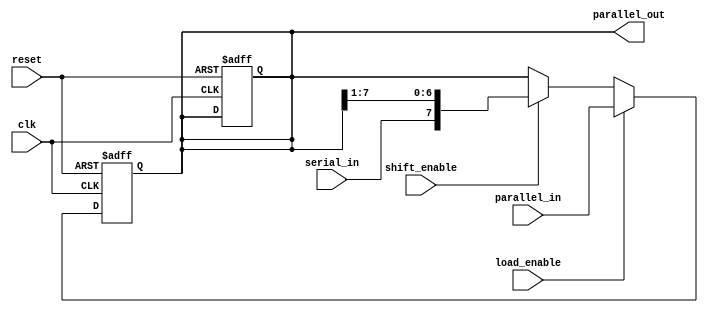
module shift_register (
    input wire clk,               // Clock signal
    input wire reset,             // Reset signal
    input wire shift_enable,      // Shift enable signal
    input wire load_enable,       // Load enable signal
    input wire serial_in,         // Serial input data
    input wire [7:0] parallel_in, // Parallel input data
    output reg [7:0] parallel_out  // Parallel output data
);

    // Internal register to hold the shift register data
    reg [7:0] shift_reg;

    // Always block for synchronous operations
    always @(posedge clk or posedge reset) begin
        if (reset) begin
            // Reset the shift register to zero
            shift_reg <= 8'b0;
            parallel_out <= 8'b0;
        end else if (load_enable) begin
            // Load parallel data into the shift register
            shift_reg <= parallel_in;
        end else if (shift_enable) begin
            // Shift right operation
            shift_reg <= {serial_in, shift_reg[7:1]};
        end
    end

    // Assign the output to the current state of the shift register
    always @(*) begin
        parallel_out = shift_reg;
    end

endmodule